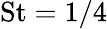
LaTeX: \mathrm{St}=1/4